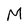
Character: M